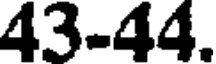
43-44.